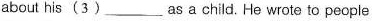
about his (3) ___ as a child. He wrote to people